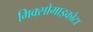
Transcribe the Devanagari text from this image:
मिक्सोमाइकोटा